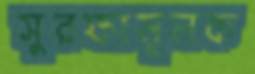
সুরক্ষামূলক